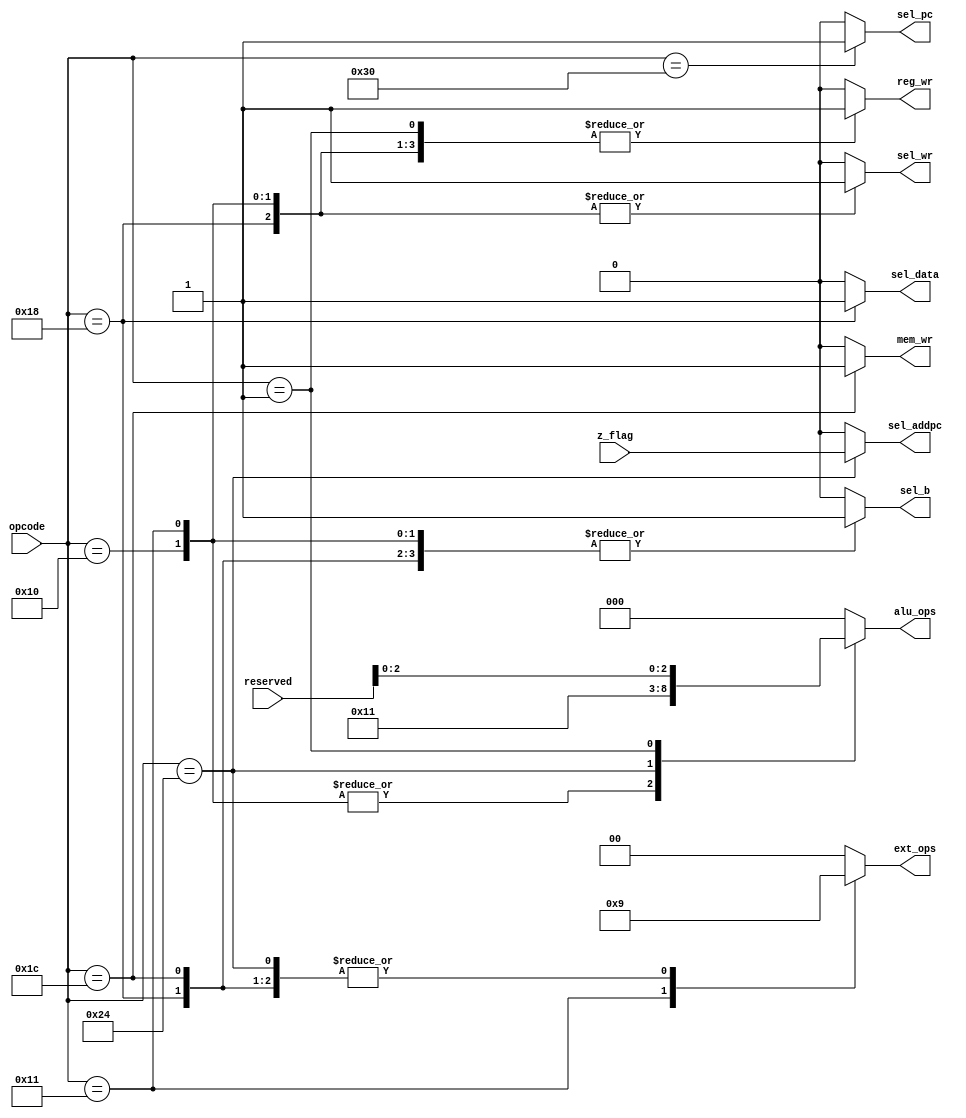
`timescale 1ns / 1ps
//-------------------------------------------------------
// Title        : Control Unit.
// Library      : nanoLADA
// Purpose      : Computer Architecture, Design and Verfication
// Developers   : Krerk Piromsopa, Ph. D.
//              : Chulalongkorn University.

module control(	
	sel_pc,
	sel_addpc,
	sel_wr,
	sel_b,
	sel_data,
	reg_wr,
	mem_wr,
	ext_ops,
	alu_ops,
	opcode,
	z_flag,
	reserved
	);
output reg sel_pc;
output reg sel_addpc;
output reg sel_wr;
output reg sel_b;
output reg sel_data;
output reg reg_wr;
output reg mem_wr;
output reg [1:0] ext_ops;
output reg [2:0] alu_ops;
input [5:0] opcode;
input z_flag;
input [10:0] reserved;

localparam ORI=6'b010000;
localparam ORUI=6'b010001;
localparam ADD=6'b000001;
localparam LW=6'b011000;
localparam SW=6'b011100;
localparam BEQ=6'b100100;
localparam JMP=6'b110000;

// sel_pc
always @(opcode)
begin
	case (opcode)
		JMP : sel_pc=1;
		default : sel_pc=0;
	endcase
end

// sel_addpc
always @(opcode or z_flag)
begin
	case (opcode)
		BEQ : sel_addpc=z_flag;
		default : sel_addpc=0;
	endcase
end

// sel_wr
always @(opcode)
begin
	case (opcode)
		ORI : sel_wr=1;
		ORUI : sel_wr=1;
		LW : sel_wr=1;
		default : sel_wr=0;
	endcase
end

// sel_b
always @(opcode)
begin
	case (opcode)
		ORI : sel_b=1;
		ORUI : sel_b=1;
		LW : sel_b=1;
		SW : sel_b=1;
		default : sel_b=0;
	endcase
end

// sel_data
always @(opcode)
begin
	case (opcode)
		LW : sel_data=1;
		default : sel_data=0;
	endcase
end

// reg_wr
always @(opcode)
begin
	case (opcode)
		ORI : reg_wr=1;
		ORUI : reg_wr=1;
		ADD : reg_wr=1;
		LW : reg_wr=1;
		default : reg_wr=0;
	endcase
end

// mem_wr
always @(opcode)
begin
	case (opcode)
		SW : mem_wr=1;
		default : mem_wr=0;
	endcase
end

// ext_ops
always @(opcode)
begin
	case (opcode)
		ORUI : ext_ops=2'b10;
		LW : ext_ops=2'b01;
		SW : ext_ops=2'b01;
		BEQ : ext_ops=2'b01;
		default : ext_ops=2'b00;
	endcase
end

// alu_ops
always @(opcode or reserved)
begin
	case (opcode)
		ORI : alu_ops=3'b010;
		ORUI : alu_ops=3'b010;
		BEQ : alu_ops=3'b001;
		ADD : alu_ops=reserved[2:0];
		default : alu_ops=3'b000;
	endcase
end

endmodule